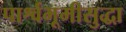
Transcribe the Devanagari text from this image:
पार्श्वभूमीसुद्धा